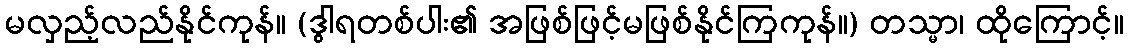
မလှည့်လည်နိုင်ကုန်။ (ဒွါရတစ်ပါး၏ အဖြစ်ဖြင့်မဖြစ်နိုင်ကြကုန်။) တသ္မာ၊ ထိုကြောင့်။